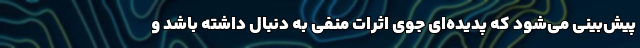
پیش‌بینی می‌شود که پدیده‌ای جوی اثرات منفی به دنبال داشته باشد و